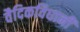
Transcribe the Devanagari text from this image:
वैदिकविधानीं